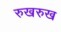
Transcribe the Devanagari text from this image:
रुखरुख